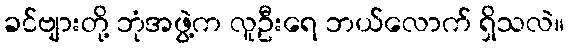
ခင်ဗျားတို့ ဘုံအဖွဲ့က လူဦးရေ ဘယ်လောက် ရှိသလဲ။